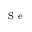
_ { \mathrm { ~ S ~ e ~ } }